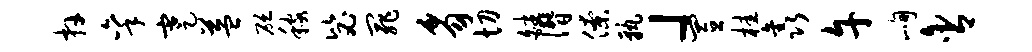
卉秉蹇益砭稼毖罪豸切皤僭僚孰」置桂鑫午峋含